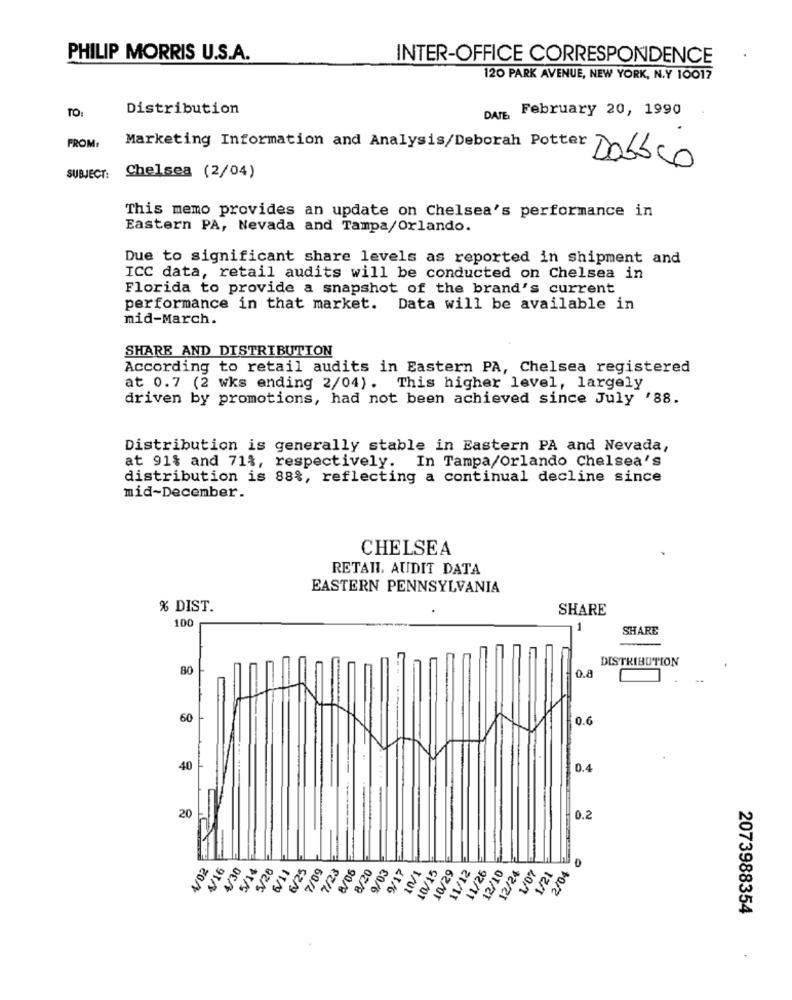
PHILIP MORRIS U.S.A.
INTER-OFFICE CORRESPONDENCE
120 PARK AVENUE, NEW YORK, N.Y 10017
TO:
Distribution
February 20, 1990
DATE
FROM
Marketing Information and Analysis/Deborah Potter DObbco
SUBJECT:
Chelsea (2/04)
This memo provides an update on Chelsea's performance in
Eastern PA, Nevada and Tampa/Orlando.
Due to significant share levels as reported in shipment and
ICC data, retail audits will be conducted on Chelsea in
Florida to provide a snapshot of the brand's current
performance in that market. Data will be available in
mid-March.
SHARE AND DISTRIBUTION
According to retail audits in Eastern PA, Chelsea registered
at 0.7 (2 wks ending 2/04). This higher level, largely
driven by promotions, had not been achieved since July '88.
Distribution is generally stable in Eastern PA and Nevada,
at 91% and 71%, respectively. In Tampa/Orlando Chelsea's
distribution is 88%, reflecting a continual decline since
mid-December.
CHELSEA
RETAIL, AUDIT DATA
EASTERN PENNSYLVANIA
% DIST.
SHARE
100
1
SHARE
DISTRIBUTION
80
0.8
60
0.6
.... .
40
0.4
20
0.2
4/16
4/02
4/30
5/14
5/26
6/11
6/25
7/09
7/23
8/06
8/20
9/03
9/17
10/1
10/15
10/29
11/12
11/26
12/10
12/24
1/07
1/21
2/04
2073988354